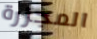
المجزرة